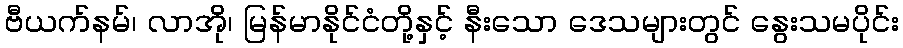
ဗီယက်နမ်၊ လာအို၊ မြန်မာနိုင်ငံတို့နှင့် နီးသော ဒေသများတွင် နွေးသမပိုင်း